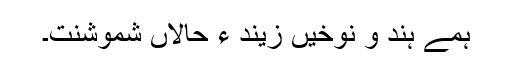
ہمے ہند و نوخیں زیند ءِ حالاں شموشنت۔